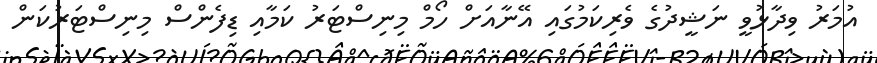
އުމަރު ވިދާޅުވީ ނަޝީދުގެ ވެރިކަމުގައި އޭނާއަށް ހޯމް މިނިސްޓަރު ކަމާއި ޑިފެންސް މިނިސްޓަރުކަން